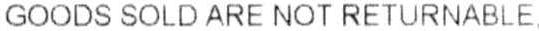
GOODS SOLD ARE NOT RETURNABLE